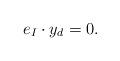
LaTeX: \begin{align*}e_I\cdot y_d=0.\end{align*}